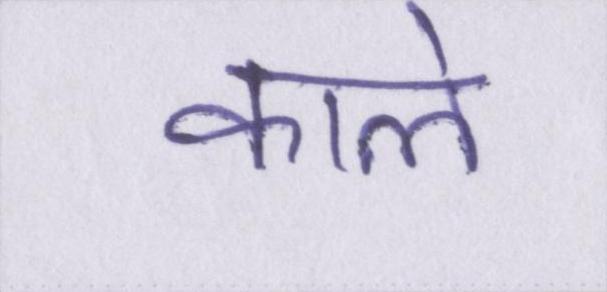
काले